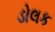
ડોલક